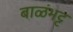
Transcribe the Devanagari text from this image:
बाळंभट्ट